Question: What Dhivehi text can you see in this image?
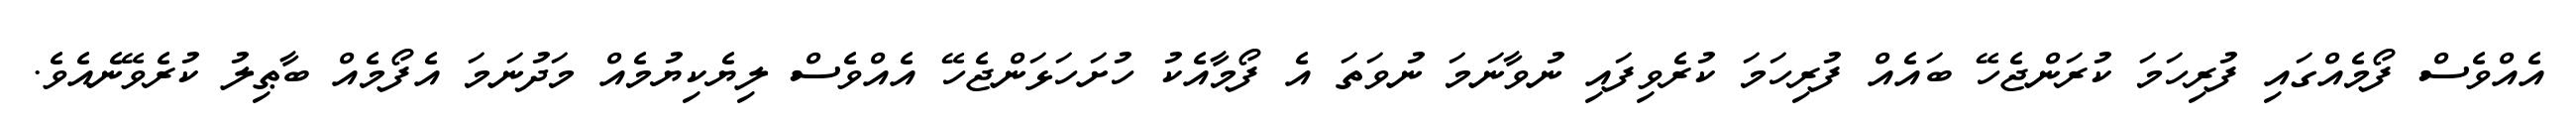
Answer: އެއްވެސް ފޯމެއްގައި ފުރިހަމަ ކުރަންޖެހޭ ބައެއް ފުރިހަމަ ކުރެވިފައި ނުވާނަމަ ނުވަތަ އެ ފޯމާއެކު ހުށަހަޅަންޖެހޭ އެއްވެސް ލިޔެކިޔުމެއް މަދުނަމަ އެފޯމެއް ބާޠިލު ކުރެވޭނެއެވެ.